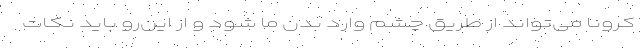
کرونا می‌تواند از طریق چشم وارد بدن ما شود و از این‌رو باید نکات